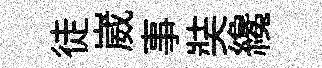
徒崴事奘纔